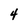
Character: 4